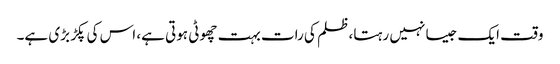
وقت ایک جیسا نہیں رہتا، ظلم کی رات بہت چھوٹی ہوتی ہے، اس کی پکڑ بڑی ہے۔